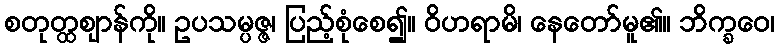
စတုတ္ထဈာန်ကို။ ဥပသမ္ပဇ္ဇ၊ ပြည့်စုံစေ၍။ ဝိဟရာမိ၊ နေတော်မူ၏။ ဘိက္ခဝေ၊